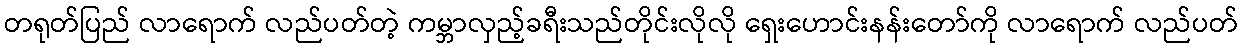
တရုတ်ပြည် လာရောက် လည်ပတ်တဲ့ ကမ္ဘာလှည့်ခရီးသည်တိုင်းလိုလို ရှေးဟောင်းနန်းတော်ကို လာရောက် လည်ပတ်